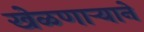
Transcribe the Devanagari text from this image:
खेळणाऱ्याने